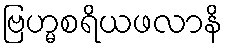
ဗြဟ္မစရိယဖလာနိ